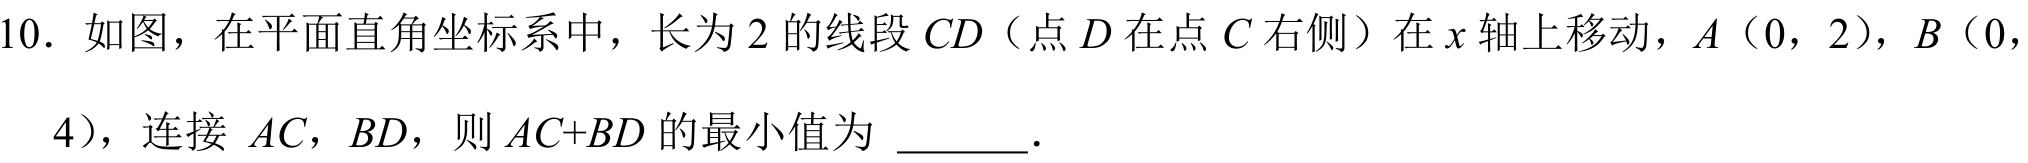
10. 如图，在平面直角坐标系中，长为 \(2\) 的线段 \(CD\)（点 \(D\) 在点 \(C\) 右侧）在 \(x\) 轴上移动，\(A(0,2)\)，\(B(0,4)\)，连接 \(AC\)，\(BD\)，则 \(AC + BD\) 的最小值为 \(\underline{\quad\quad}\).